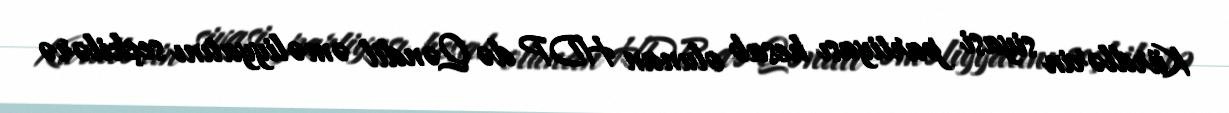
Kürdlərin siyasi partiyası hesab olunan HDP də Qəndil əməliyyatını seçkilərə